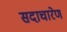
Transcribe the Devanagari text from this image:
सदाचारेण